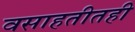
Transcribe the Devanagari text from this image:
वसाहतीतही